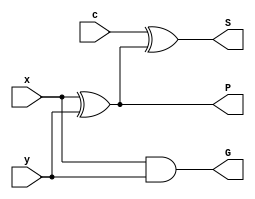
module B_Cell(
 input x, y, c,
 output reg G, P, S);
 
 // Not sure about the sensitivity list needed for this always block
 always @(x or y or c) begin
	G <= x & y;
	P <= x ^ y;
	S <= c ^ (x^y);
end 

endmodule